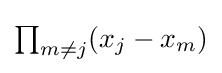
{\textstyle \prod _{m\neq j}(x_{j}-x_{m})}